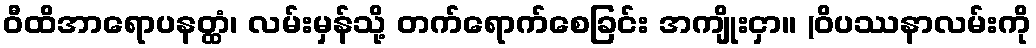
ဝီထိအာရောပနတ္ထံ၊ လမ်းမှန်သို့ တက်ရောက်စေခြင်း အကျိုးငှာ။ (ဝိပဿနာလမ်းကို